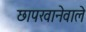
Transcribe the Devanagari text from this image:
छापखानेवाले